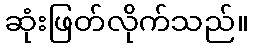
ဆုံးဖြတ်လိုက်သည်။